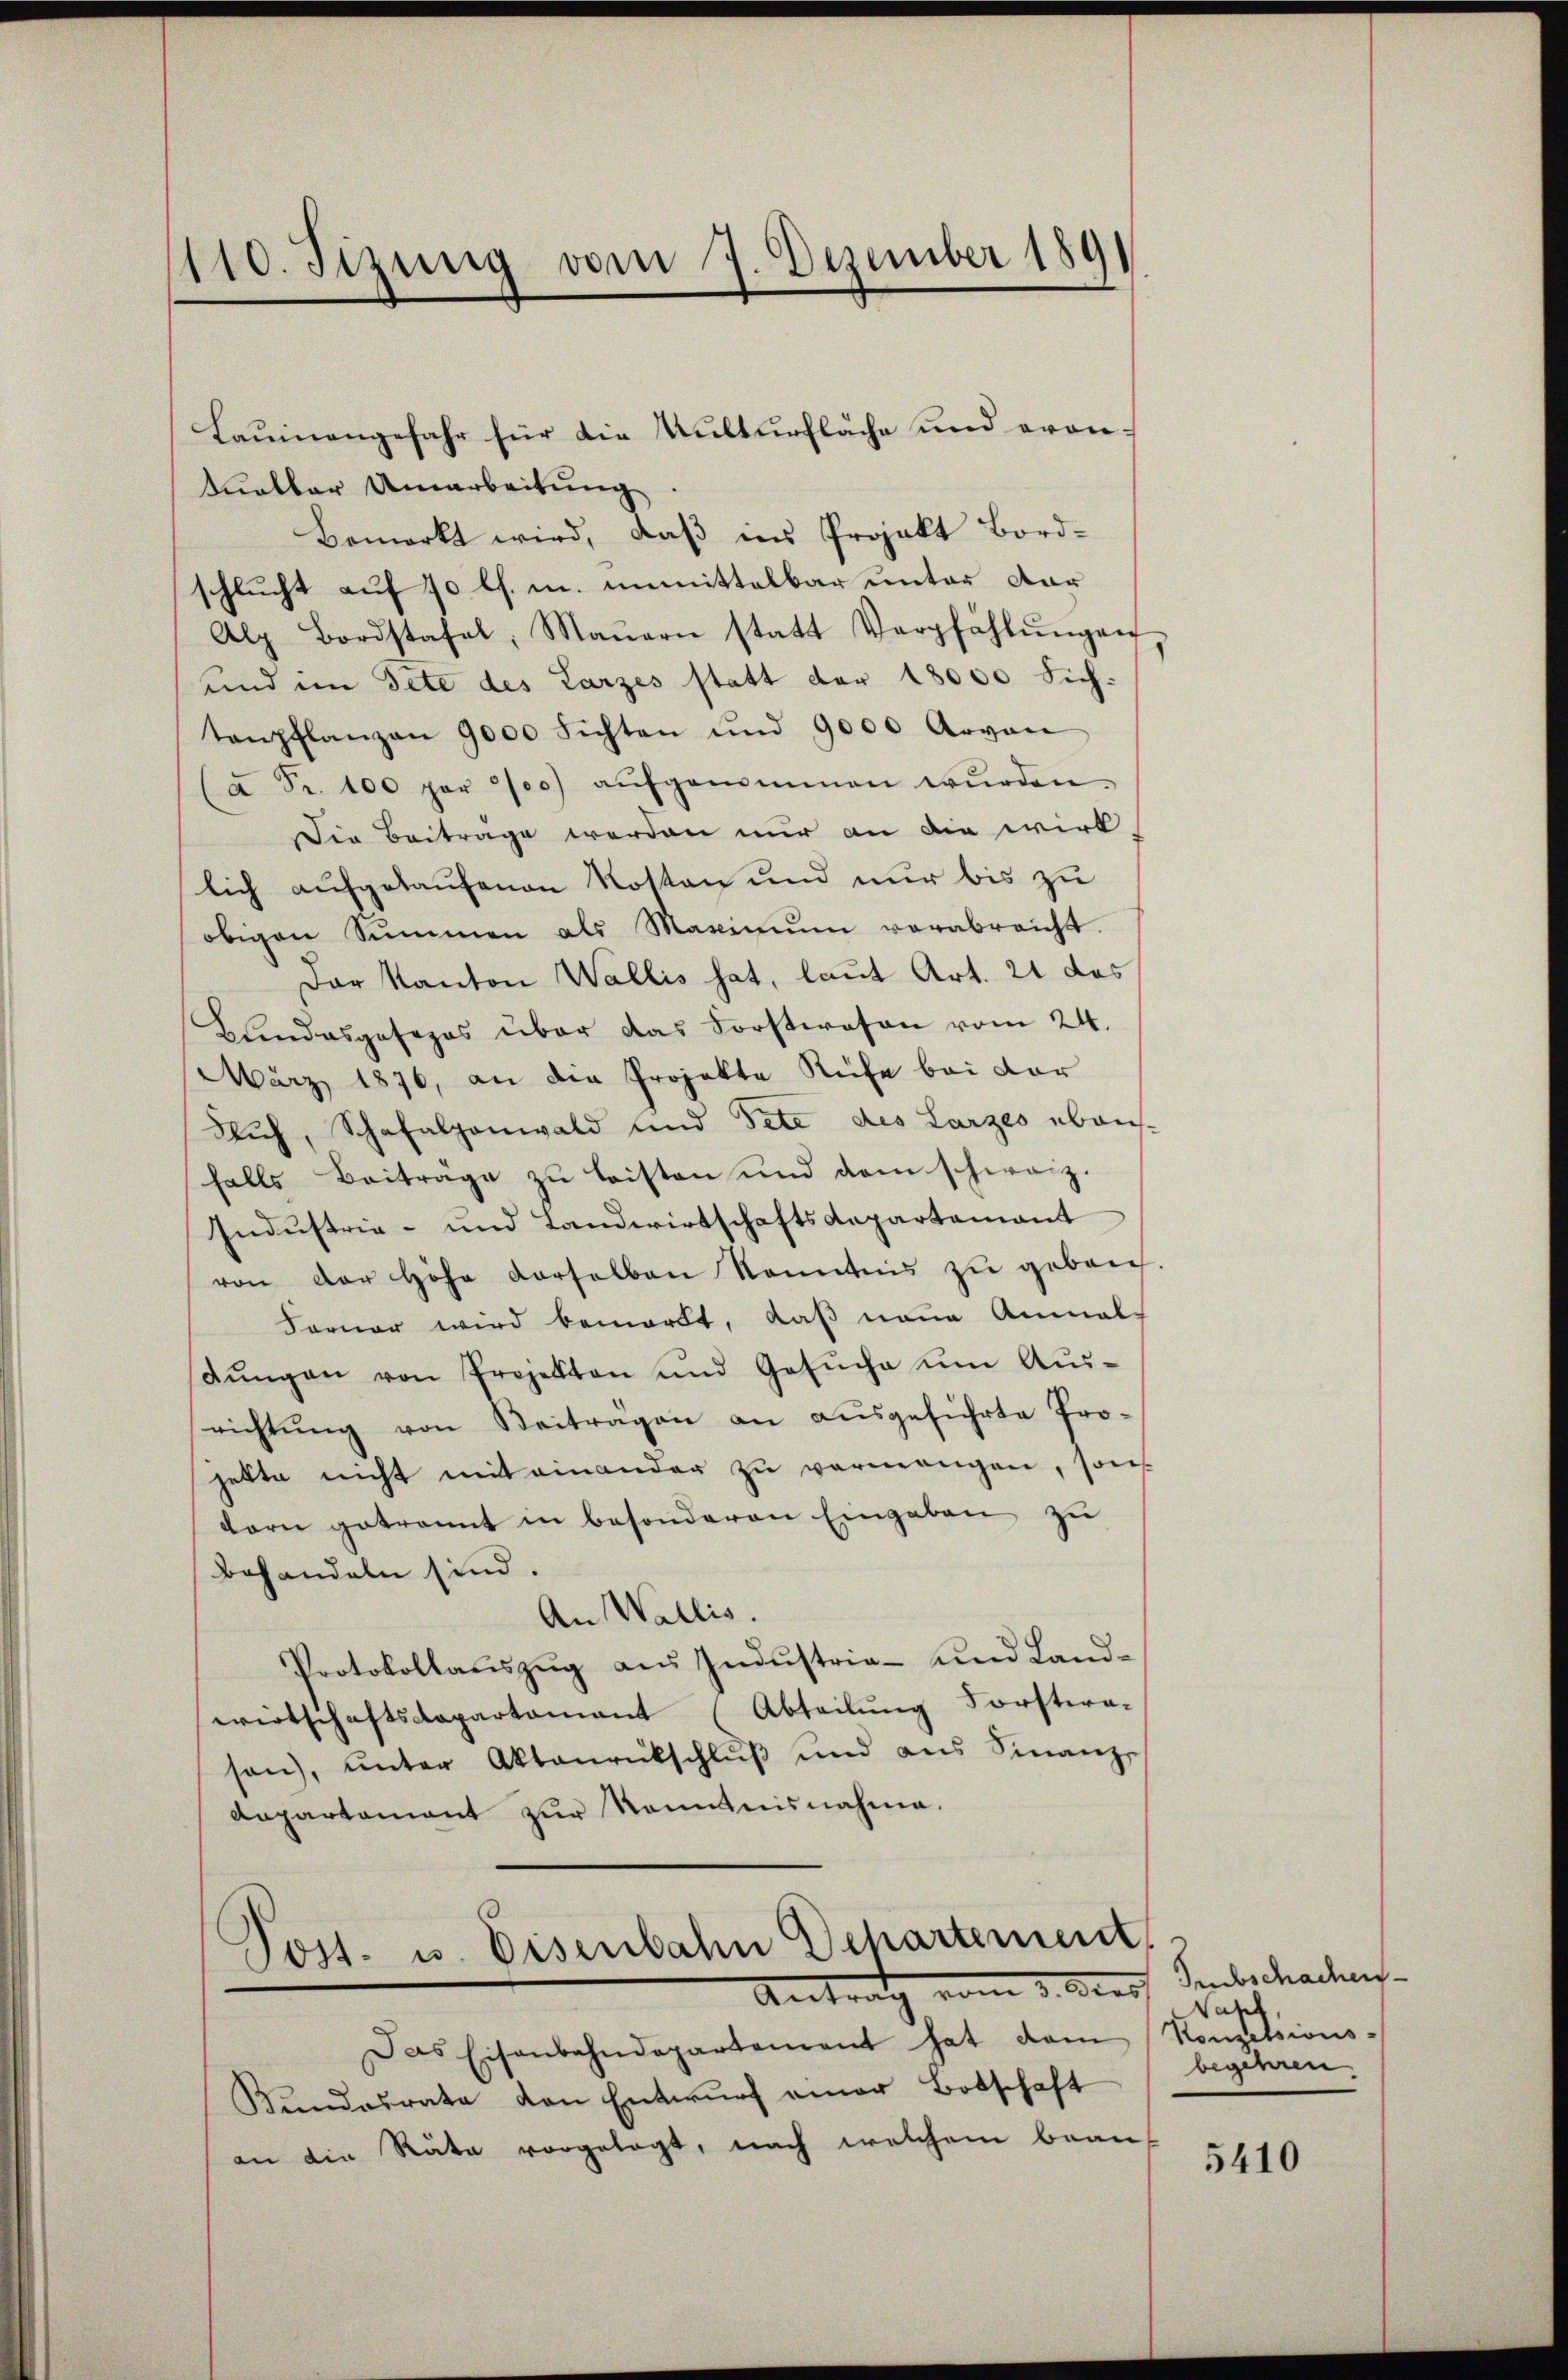
110. Sizung vom 7. Dezember 1891

tueller Umarbeitung
Bemerkt wird, daß ins Projekt Bord-
schlucht auf 10 l. m. unmittelbar unter dar
Alp Bordstafel, Maŭern statt Verpfählŭngen
und im dete des Larzes statt der 18000 Sich-
tenpflanzen 9000 Fichten und 9000 Arvon
a Fr. 100 per 700 aŭfgenommen wŭrden.
Die Beitrage werden nur an die wirk
lich aufgetaufenen Kosten und nur bis zu
obigen Summen als Maximŭm verabreicht.
Dar Kanton Wallis hat, laut Art. 21 das
Bŭndesgesezes über das Forstwesen vom 24.
März 1876, an die Projekte Ruhe bei dar
Buch, Schafalganwald und dete des Larzes ebensfalls Beiträge zu leisten und dem schweiz.
Industrie- und Landwirtschaftsdepartement
von der Höhe derselben Kenntnis zu gebrich
Farner wird bemerkt, daß neue Anmal
dŭngen von Projekten und Gesŭche ŭm Aŭs-
richtŭng von Beiträgen an aŭsgeführte Pro-
jette nicht mit einander zu vermangen, sons
dorn getrannt in besonderen Eingaben zu
behandeln sind.
An Wallis.
Protokollaŭszŭg aŭs Indŭstria- und Land-
wirtschaftsdepartamant (Abteilung Forstera-
san, unter Aktenrückschluß und aus Finanz-
Aapartament zur Kenntnisnahme.

Laumnengefahr für die Kulturfläche und eron¬

Post- u. Eisenbahn Departement
Auf 1 v. Graf Subschadens-

Das Eisenbahndepartement hat dem Konzessions-
Kundesrate von Entwŭrf einer Botschaft
an die Räte vorgelegt, nach welchem brau¬

Nach
begehren.

5410